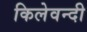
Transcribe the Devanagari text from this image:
किलेवन्दी